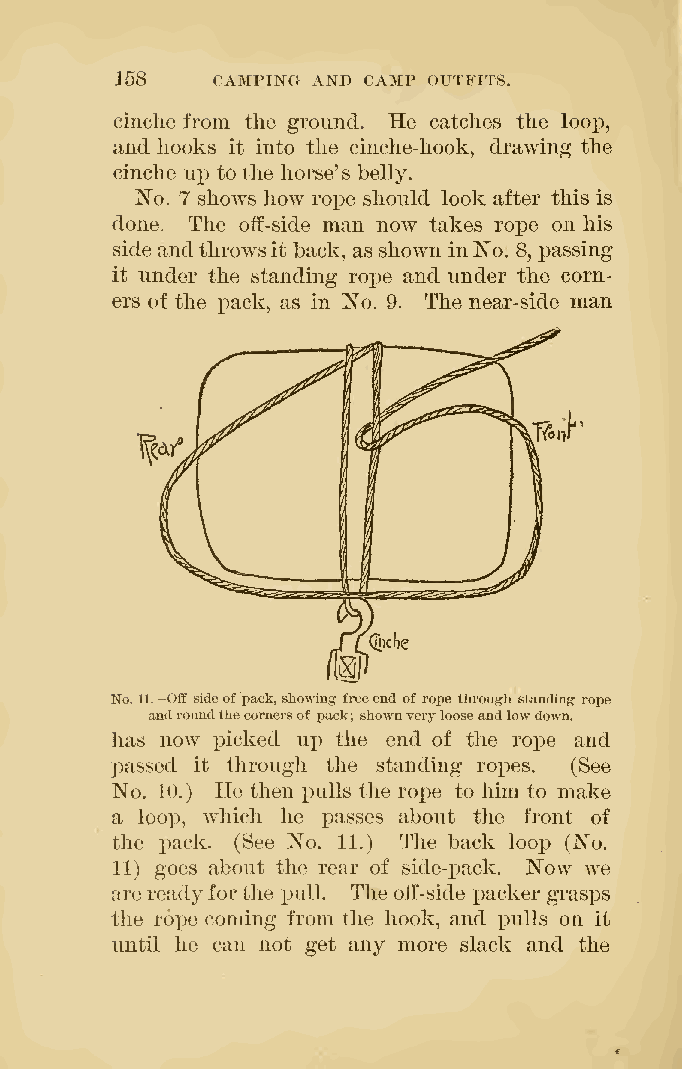
158   CAMPING AND CAMP OUTFITS.
 cinche from the ground. He catches the loop,
 and hooks it into the cinche-hook, drawing the
 cinche np tothe horse's belly.
 'No. 7 shows how rope should look after this is
 done. The off-side man now takes rope on his
 side andthrowsit back, as shown inNo. 8, passing
 it under the standing rope and under the corn-
 ers of the pack, as in No. 9. The near-side man
 No.11.—Oflf sideof pack,showing freeend of rope through standing rope
 androundthecornersof pack; shownverylooseandlowdown.
 has now picked up the end of the rope and
 passed it through the standing ropes. (See
 No. 10.) He then pulls the rope to him to make
 a loop, which he passes about the front of
 the pack. (See No. 11.) The back loop (No.
 11) goes about the rear of side-x)ack. Now we
 arereadyforthe pull. The oil-side j)acker grasps
 the rope coming from the hook, and pulls on it
 until he can not get any more slack and the